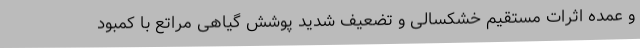
و عمده اثرات مستقیم خشکسالی و تضعیف شدید پوشش گیاهی مراتع با کمبود